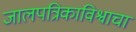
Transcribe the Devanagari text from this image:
जालपत्रिकाविश्वाचा